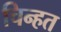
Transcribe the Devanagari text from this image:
चिन्हत